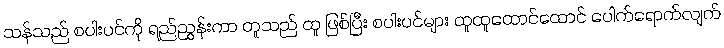
သန်သည် စပါးပင်ကို ရည်ညွှန်းကာ တူသည် ထူ ဖြစ်ပြီး စပါးပင်များ ထူထူထောင်ထောင် ပေါက်ရောက်လျက်